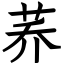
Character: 荞